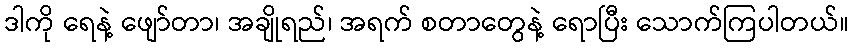
ဒါကို ရေနဲ့ ဖျော်တာ၊ အချိုရည်၊ အရက် စတာတွေနဲ့ ရောပြီး သောက်ကြပါတယ်။